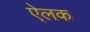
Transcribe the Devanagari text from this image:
ऐलक